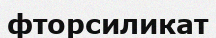
фторсиликат